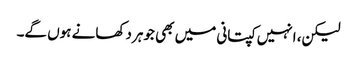
لیکن، انہیں کپتانی میں بھی جوہر دکھانے ہوں گے۔